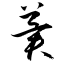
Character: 冀